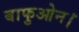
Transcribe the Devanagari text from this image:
बाफुओन।